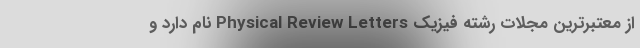
از معتبرترین مجلات رشته فیزیک Physical Review Letters نام دارد و